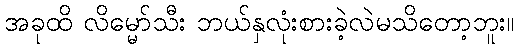
အခုထိ လိမ္မော်သီး ဘယ်နှလုံးစားခဲ့လဲမသိတော့ဘူး။